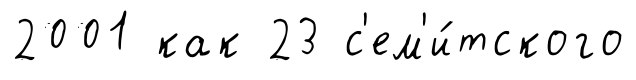
2001 как 23 с'ем'и́тского